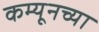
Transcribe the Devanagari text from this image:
कम्यूनच्या